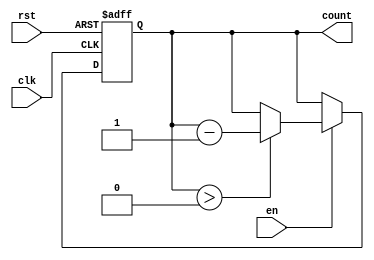
module decremental_counter #(
    parameter MAX_VAL = 15  // Define the maximum value (can be changed as needed)
)(
    input wire clk,         // Clock signal
    input wire rst,         // Asynchronous reset signal
    input wire en,          // Enable signal for decrementing
    output reg [3:0] count  // Current count value (4 bits to hold values 0 to MAX_VAL)
);

    // Asynchronous reset and synchronous decrement logic
    always @(posedge clk or posedge rst) begin
        if (rst) begin
            count <= MAX_VAL;  // Reset the counter to the maximum value
        end else if (en) begin
            if (count > 0) begin
                count <= count - 1;  // Decrement the counter if greater than zero
            end
        end
    end

endmodule